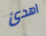
اهدئ